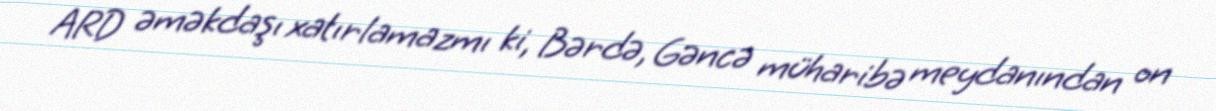
ARD əməkdaşı xatırlamazmı ki, Bərdə, Gəncə müharibə meydanından on